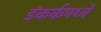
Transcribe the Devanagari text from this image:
डंकर्कमध्ये